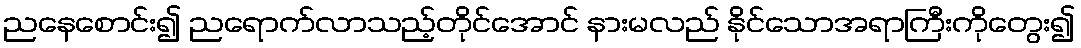
ညနေစောင်း၍ ညရောက်လာသည့်တိုင်အောင် နားမလည် နိုင်သောအရာကြီးကိုတွေး၍